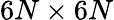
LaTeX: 6N\times 6N